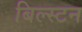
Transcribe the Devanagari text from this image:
बिल्स्टन